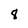
Character: 8